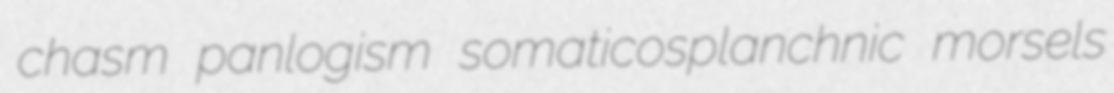
chasm panlogism somaticosplanchnic morsels